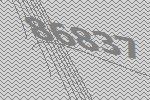
86837